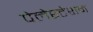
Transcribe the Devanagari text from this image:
पेलेस्टेशन